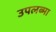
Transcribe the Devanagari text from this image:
उपलब्मा